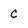
Character: c